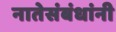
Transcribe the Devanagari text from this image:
नातेसंबंधांनी